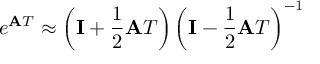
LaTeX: e ^ { \mathbf { A } T } \approx \left( \mathbf { I } + { \frac { 1 } { 2 } } \mathbf { A } T \right) \left( \mathbf { I } - { \frac { 1 } { 2 } } \mathbf { A } T \right) ^ { - 1 }